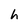
Character: h